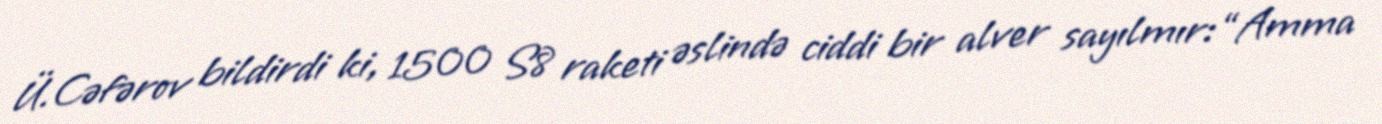
Ü.Cəfərov bildirdi ki, 1500 S8 raketi əslində ciddi bir alver sayılmır: “Amma